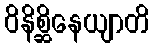
ဝိနိစ္ဆိနေယျာတိ